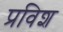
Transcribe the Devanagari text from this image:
प्रविश